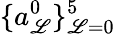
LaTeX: \{ a_{\mathscr{L}}^{0}\} _{\mathscr{L}=0}^{5}